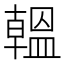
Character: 𫧩